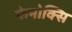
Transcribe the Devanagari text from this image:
फेनोक्सि